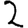
Digit: 2